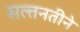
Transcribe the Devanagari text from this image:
सल्तनतीने